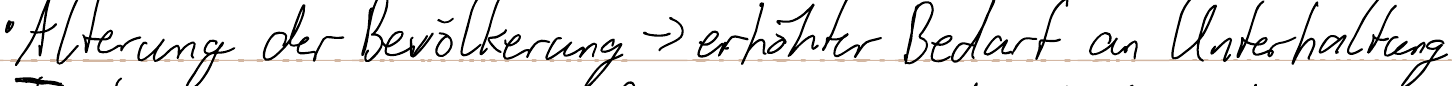
- Alterung der Bevölkerung -> erhöhter Bedarf an Unterhaltung